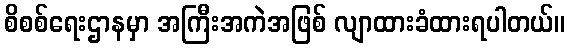
စိစစ်ရေးဌာနမှာ အကြီးအကဲအဖြစ် လျာထားခံထားရပါတယ်။